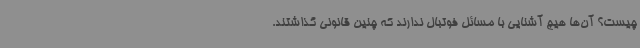
چیست؟ آن‌ها هیچ آشنایی با مسائل فوتبال ندارند که چنین قانونی گذاشتند.